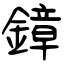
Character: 鏱